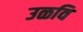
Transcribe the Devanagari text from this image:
उळवि